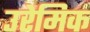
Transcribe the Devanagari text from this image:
उरेमिक